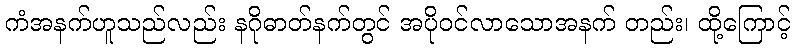
ကံအနက်ဟူသည်လည်း နဂိုဓာတ်နက်တွင် အပိုဝင်လာသောအနက် တည်း၊ ထို့ကြောင့်